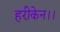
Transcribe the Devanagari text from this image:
हरीकेन।।